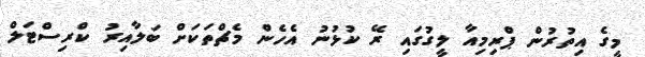
މީގެ އިތުރުން ޕްރިމިއާ ލީގުގައި ރޭ ކުޅުނު އެހެން މެޗްތަކަށް ބަލާއިރު ކްރިސްޓަލް